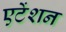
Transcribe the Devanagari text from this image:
एटेंशन